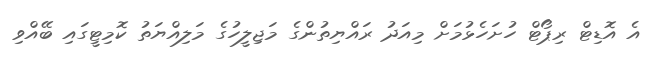
އެ އޮޑިޓް ރިޕޯޓް ހުށަހެޅުމަށް މިއަދު ރައްޔިތުންގެ މަޖިލީހުގެ މަލިއްޔަތު ކޮމިޓީގައި ބޭއްވި